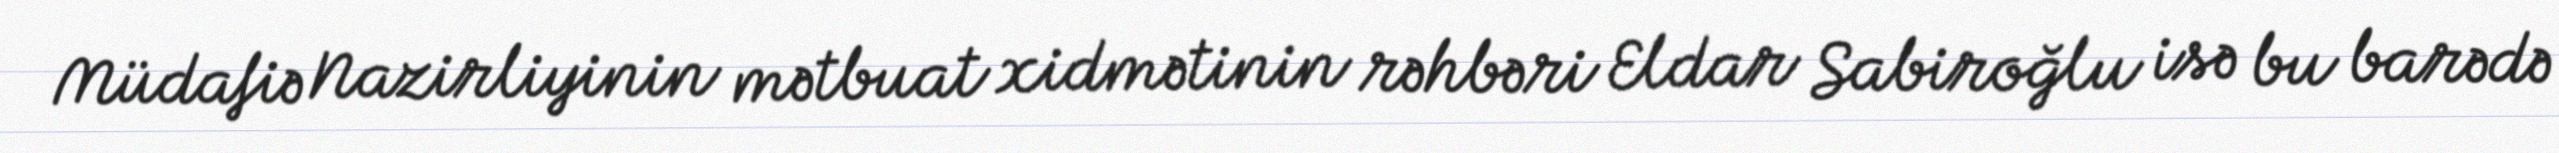
Müdafiə Nazirliyinin mətbuat xidmətinin rəhbəri Eldar Sabiroğlu isə bu barədə